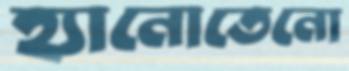
হ্যানোতেনো